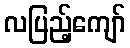
လပြည့်ကျော်